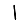
Digit: 1